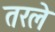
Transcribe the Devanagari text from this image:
तरले